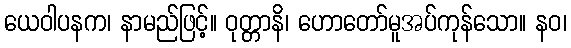
ယေဝါပနက၊ နာမည်ဖြင့်။ ဝုတ္တာနိ၊ ဟောတော်မူအပ်ကုန်သော။ နဝ၊